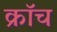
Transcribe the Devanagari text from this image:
क्रॉच